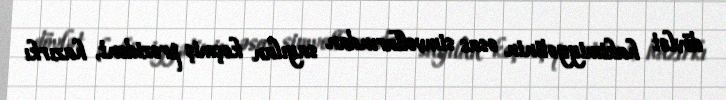
dövlət hakimiyyətinin əsas simvollarından sayılan keçmiş prezident, hazırkı